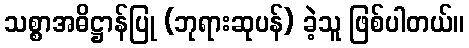
သစ္စာအဓိဋ္ဌာန်ပြု (ဘုရားဆုပန်) ခဲ့သူ ဖြစ်ပါတယ်။